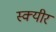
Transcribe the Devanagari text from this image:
स्क्यीर